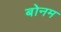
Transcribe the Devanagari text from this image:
बोनम